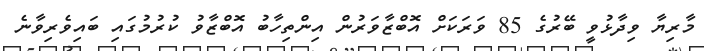
މާރިޔާ ވިދާޅުވީ ބޭރުގެ 85 ވަރަކަށް އޮބްޒާވަރުން އިންތިހާބު އޮބްޒާވު ކުރުމުގައި ބައިވެރިވާނެ